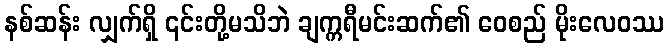
နစ်ဆန်း လျှက်ရှိ ၎င်းတို့မသိဘဲ ချက္ကရီမင်းဆက်၏ ဝေစည် မိုးလေဝဿ